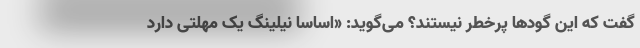
گفت که این گودها پرخطر نیستند؟ می‌گوید: «اساسا نیلینگ یک مهلتی دارد